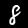
Label: 8